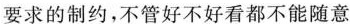
要求的制约，不管好不好看都不能随意